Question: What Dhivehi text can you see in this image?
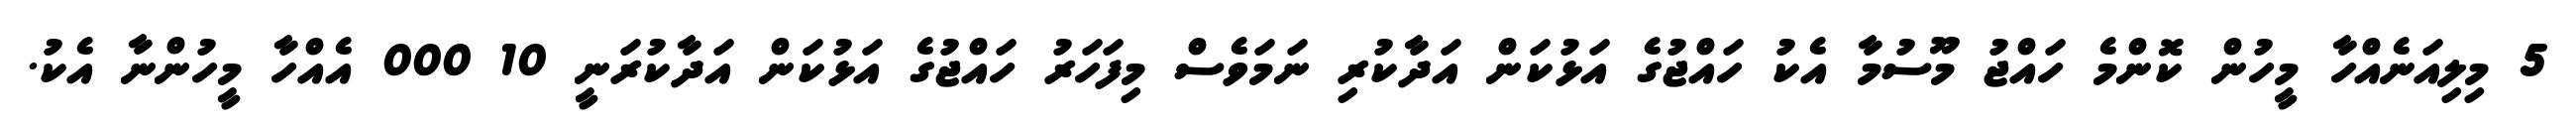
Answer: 5 މިލިއަނެއްހާ މީހުން ކޮންމެ ހައްޖު މޫސުމާ އެކު ހައްޖުގެ އަޅުކަން އަދާކުރި ނަމަވެސް މިފަހަރު ހައްޖުގެ އަޅުކަން އަދާކުރަނީ 10 000 އެއްހާ މީހުންނާ އެކު.